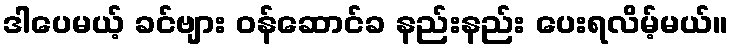
ဒါပေမယ့် ခင်ဗျား ဝန်ဆောင်ခ နည်းနည်း ပေးရလိမ့်မယ်။